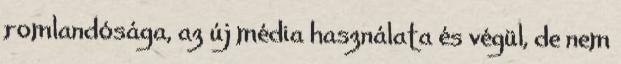
romlandósága, az új média használata és végül, de nem